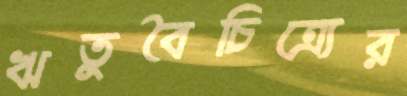
ঋতুবৈচিত্র্যের